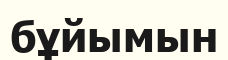
бұйымын